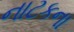
નાટકના